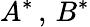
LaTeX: A^{*}\, ,\, B^{*}